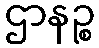
ဌာနဉ္စ